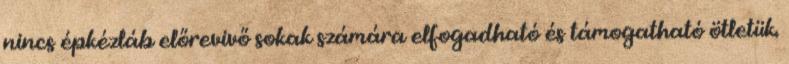
nincs épkézláb előrevivő sokak számára elfogadható és támogatható ötletük.